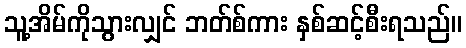
သူ့အိမ်ကိုသွားလျှင် ဘတ်စ်ကား နှစ်ဆင့်စီးရသည်။